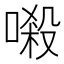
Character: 𠺽